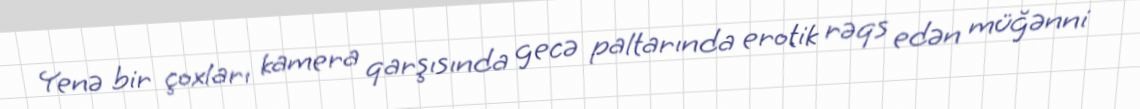
Yenə bir çoxları kamera qarşısında gecə paltarında erotik rəqs edən müğənni